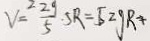
V ^ { 2 } = \frac { 2 g } { 5 } \cdot 5 R = 5 2 g R +